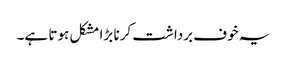
یہ خوف برداشت کرنا بڑا مشکل ہوتا ہے۔